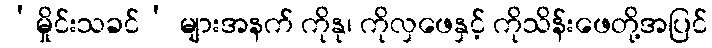
‘မှိုင်းသခင်’ များအနက် ကိုနု၊ ကိုလှဖေနှင့် ကိုသိန်းဖေတို့အပြင်